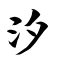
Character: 汐